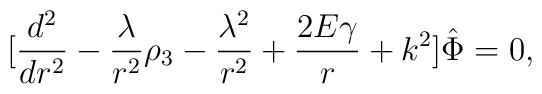
\lbrack{d^2\over dr^2} -{\lambda\over r^2}\rho_3-{\lambda^2\over r^2}+{2E\gamma\over r}+ k^2\rbrack \hat\Phi=0,